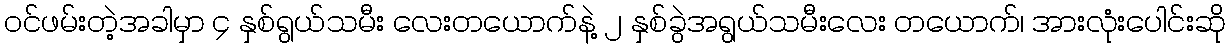
ဝင်ဖမ်းတဲ့အခါမှာ ၄ နှစ်ရွယ်သမီး လေးတယောက်နဲ့ ၂ နှစ်ခွဲအရွယ်သမီးလေး တယောက်၊ အားလုံးပေါင်းဆို